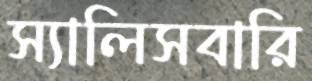
স্যালিসবারি